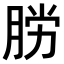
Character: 𫆟